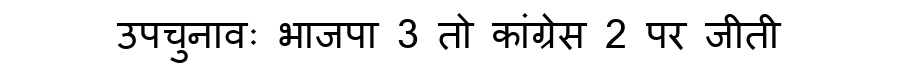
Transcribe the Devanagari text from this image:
उपचुनावः भाजपा 3 तो कांग्रेस 2 पर जीती